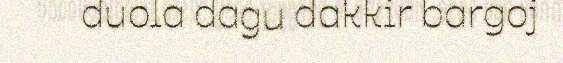
duola dagu dakkir bargoj